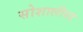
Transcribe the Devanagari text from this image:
सोशालीस्ट